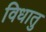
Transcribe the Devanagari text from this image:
विधातु